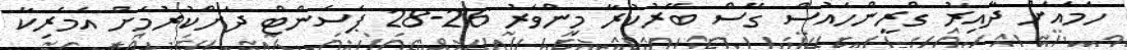
ހަމައަށް ދާއިރު ގްރީންހައުސް ގޭސް ބޭރުކުރާ މިންވަރު 26-28 ޕަސެންޓް ދަށްކުރުމަށް އެމެރިކާ